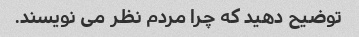
توضیح دهید که چرا مردم نظر می نویسند.